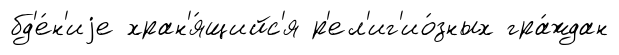
бд'е́н'иjе хран'я́щийс'я р'ел'иг'ио́зных гра́ждан